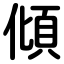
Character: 傾